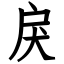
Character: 戻